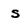
Character: s